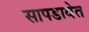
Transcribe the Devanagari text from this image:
सापडावेत